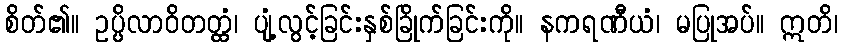
စိတ်၏။ ဥပ္ပိလာဝိတတ္ထံ၊ ပျံ့လွင့်ခြင်းနှစ်ခြိုက်ခြင်းကို။ နကရဏီယံ၊ မပြုအပ်။ ဣတိ၊